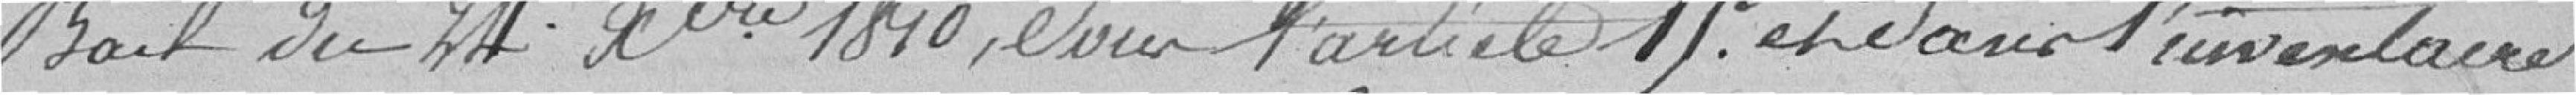
bail du 24 Octobre 1810, et sur l'article 15 dans l'inventaire